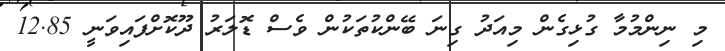
މި ނިންމުމާ ގުޅިގެން މިއަދު ގިނަ ބޭންކުތަކުން ވެސް ޑޮލަރު ދޫކޮށްފައިވަނީ 12.85